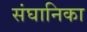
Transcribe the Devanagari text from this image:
संघानिका